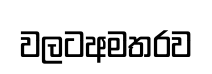
වලටඅමතරව